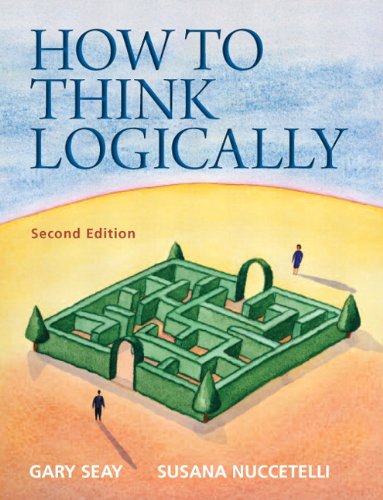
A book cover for How to Think Logically (2nd Edition) (MyThinkingLab Series); Gary Seay; Politics & Social Sciences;